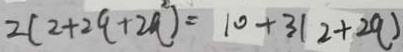
2 ( 2 + 2 q + 2 q ^ { 2 } ) = 1 0 + 3 ( 2 + 2 q )